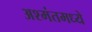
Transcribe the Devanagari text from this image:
अश्मंतमध्ये